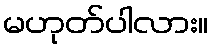
မဟုတ်ပါလား။